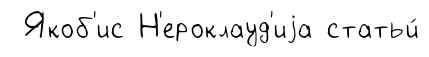
Якоб'ис Н'ероклауд'иjа статьи́